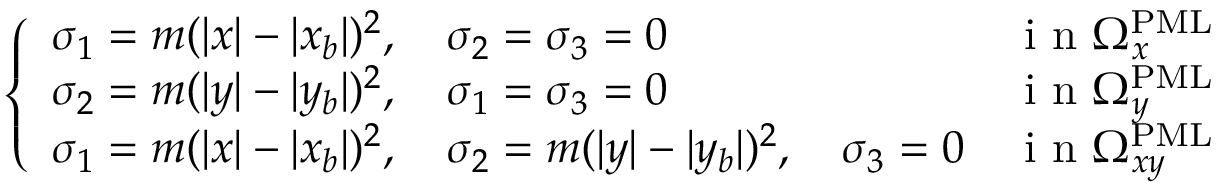
\left\{ \begin{array} { l l } { \sigma _ { 1 } = m ( | x | - | x _ { b } | ) ^ { 2 } , \quad \sigma _ { 2 } = \sigma _ { 3 } = 0 } & { \mathrm { ~ i ~ n ~ } \Omega _ { x } ^ { \mathrm { P M L } } } \\ { \sigma _ { 2 } = m ( | y | - | y _ { b } | ) ^ { 2 } , \quad \sigma _ { 1 } = \sigma _ { 3 } = 0 } & { \mathrm { ~ i ~ n ~ } \Omega _ { y } ^ { \mathrm { P M L } } } \\ { \sigma _ { 1 } = m ( | x | - | x _ { b } | ) ^ { 2 } , \quad \sigma _ { 2 } = m ( | y | - | y _ { b } | ) ^ { 2 } , \quad \sigma _ { 3 } = 0 } & { \mathrm { ~ i ~ n ~ } \Omega _ { x y } ^ { \mathrm { P M L } } } \end{array} \right.